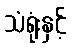
သံရုံးနှင့်